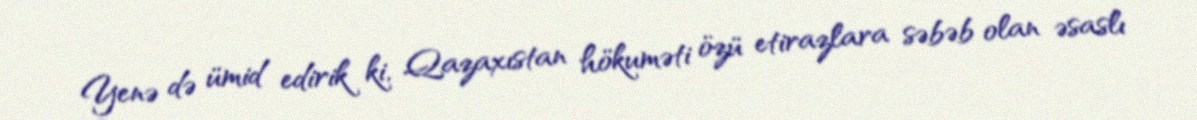
Yenə də ümid edirik ki, Qazaxıstan hökuməti özü etirazlara səbəb olan əsaslı